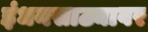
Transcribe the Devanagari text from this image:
इंधनसाठ्यावर